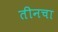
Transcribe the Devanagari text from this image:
तीनचा